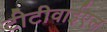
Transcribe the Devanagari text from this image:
टीटीवाईएल